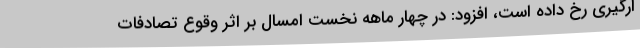
ارگیری رخ داده است، افزود: در چهار ماهه نخست امسال بر اثر وقوع تصادفات